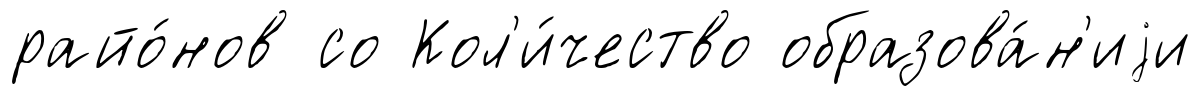
райо́нов со Кол'и́чество образова́н'иjи